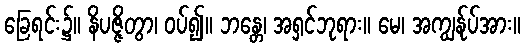
ခြေရင်း၌။ နိပဇ္ဇိတွာ၊ ဝပ်၍။ ဘန္တေ၊ အရှင်ဘုရား။ မေ၊ အကျွန်ုပ်အား။